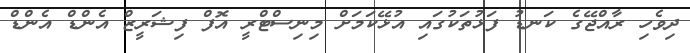
ދިވެހި ރާއްޖޭގެ ކަނޑު ފަޅުތަކުގައި އުޅޭކަމަށް މިނިސްޓްރީ އޮފް ފިޝަރީޒް އެންޑް އެންޑް